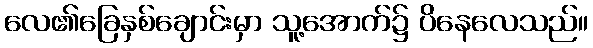
လေ၏ခြေနှစ်ချောင်းမှာ သူ့အောက်၌ ပိနေလေသည်။